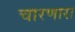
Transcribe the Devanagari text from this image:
चारणारा